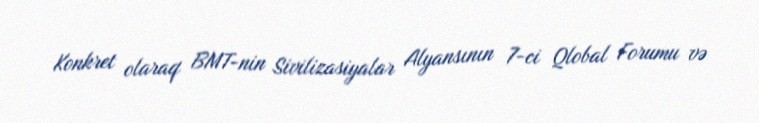
Konkret olaraq BMT-nin Sivilizasiyalar Alyansının 7-ci Qlobal Forumu və